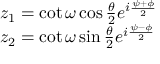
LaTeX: \begin{array} { l l } { { z _ { 1 } = \cot \omega \cos \frac { \theta } { 2 } e ^ { i \frac { \psi + \phi } { 2 } } } } \\ { { z _ { 2 } = \cot \omega \sin \frac { \theta } { 2 } e ^ { i \frac { \psi - \phi } { 2 } } } } \end{array}